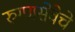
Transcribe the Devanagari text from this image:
रुग्णसेवेचे